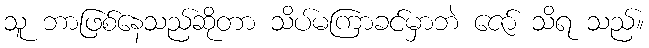
သူ ဘာဖြစ်နေသည်ဆိုတာ သိပ်မကြာခင်မှာဘဲ ဇော် သိရ သည်။